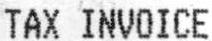
TAX INVOICE